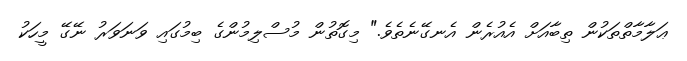
ޢަލާމާތްތަކުން ތިބާއަށް އެއުރެން އެނގޭނެތެވެ." މިގޮތުން މުސްލިމުންގެ ބިމުގައި ވަނަވަރު ނޭގޭ މީހަކު